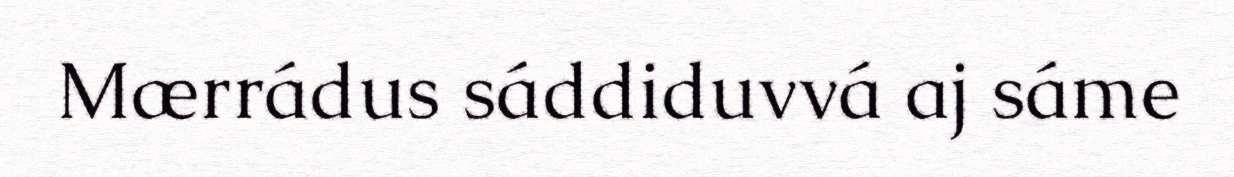
Mærrádus sáddiduvvá aj sáme